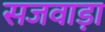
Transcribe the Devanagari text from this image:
सजवाड़ा